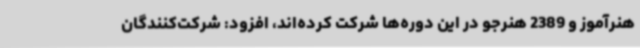
هنرآموز و 2389 هنرجو در این دوره‌ها شرکت کرده‌اند، افزود: شرکت‌کنندگان